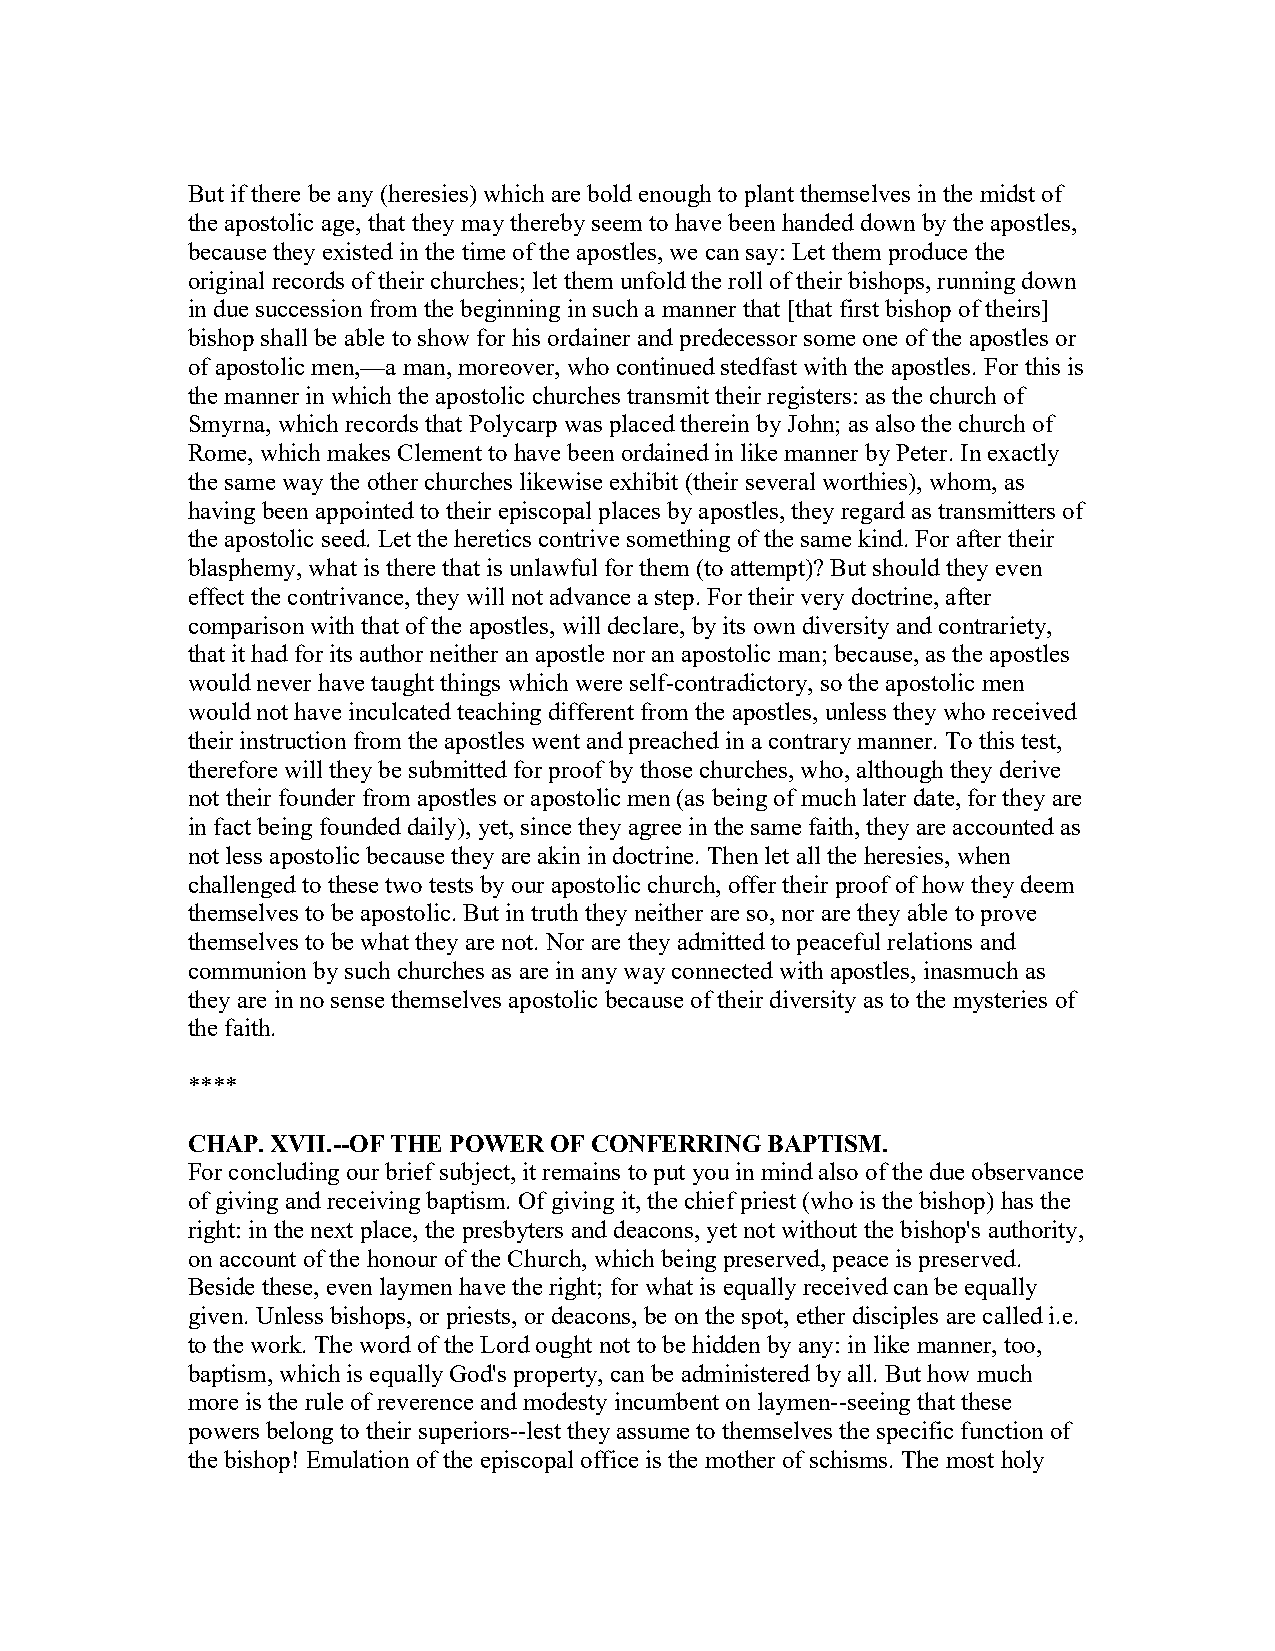
But if there be any (heresies) which are bold enough to plant themselves in the midst of
 the apostolic age, that they may thereby seem to have been handed down by the apostles,
 because they existed in the time of the apostles, we can say: Let them produce the
 original records of their churches; let them unfold the roll of their bishops, running down
 in due succession from the beginning in such a manner that [that first bishop of theirs]
 bishop shall be able to show for his ordainer and predecessor some one of the apostles or
 of apostolic men,—a man, moreover, who continued stedfast with the apostles. For this is
 the manner in which the apostolic churches transmit their registers: as the church of
 Smyrna, which records that Polycarp was placed therein by John; as also the church of
 Rome, which makes Clement to have been ordained in like manner by Peter. In exactly
 the same way the other churches likewise exhibit (their several worthies), whom, as
 having been appointed to their episcopal places by apostles, they regard as transmitters of
 the apostolic seed. Let the heretics contrive something of the same kind. For after their
 blasphemy, what is there that is unlawful for them (to attempt)? But should they even
 effect the contrivance, they will not advance a step. For their very doctrine, after
 comparison with that of the apostles, will declare, by its own diversity and contrariety,
 that it had for its author neither an apostle nor an apostolic man; because, as the apostles
 would never have taught things which were self-contradictory, so the apostolic men
 would not have inculcated teaching different from the apostles, unless they who received
 their instruction from the apostles went and preached in a contrary manner. To this test,
 therefore will they be submitted for proof by those churches, who, although they derive
 not their founder from apostles or apostolic men (as being of much later date, for they are
 in fact being founded daily), yet, since they agree in the same faith, they are accounted as
 not less apostolic because they are akin in doctrine. Then let all the heresies, when
 challenged to these two tests by our apostolic church, offer their proof of how they deem
 themselves to be apostolic. But in truth they neither are so, nor are they able to prove
 themselves to be what they are not. Nor are they admitted to peaceful relations and
 communion by such churches as are in any way connected with apostles, inasmuch as
 they are in no sense themselves apostolic because of their diversity as to the mysteries of
 the faith.
 ****
 CHAP. XVII.--OF THE POWER OF CONFERRING BAPTISM.
 For concluding our brief subject, it remains to put you in mind also of the due observance
 of giving and receiving baptism. Of giving it, the chief priest (who is the bishop) has the
 right: in the next place, the presbyters and deacons, yet not without the bishop's authority,
 on account of the honour of the Church, which being preserved, peace is preserved.
 Beside these, even laymen have the right; for what is equally received can be equally
 given. Unless bishops, or priests, or deacons, be on the spot, ether disciples are called i.e.
 to the work. The word of the Lord ought not to be hidden by any: in like manner, too,
 baptism, which is equally God's property, can be administered by all. But how much
 more is the rule of reverence and modesty incumbent on laymen--seeing that these
 powers belong to their superiors--lest they assume to themselves the specific function of
 the bishop! Emulation of the episcopal office is the mother of schisms. The most holy